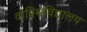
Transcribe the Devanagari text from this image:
वोविश्वविद्यालय